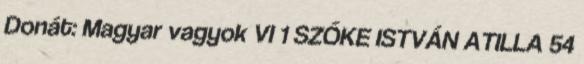
Donát: Magyar vagyok VI 1 SZŐKE ISTVÁN ATILLA 54